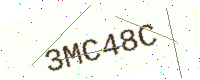
Text: 3MC48C